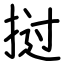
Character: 挝